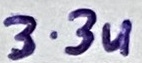
Text: 3.3u